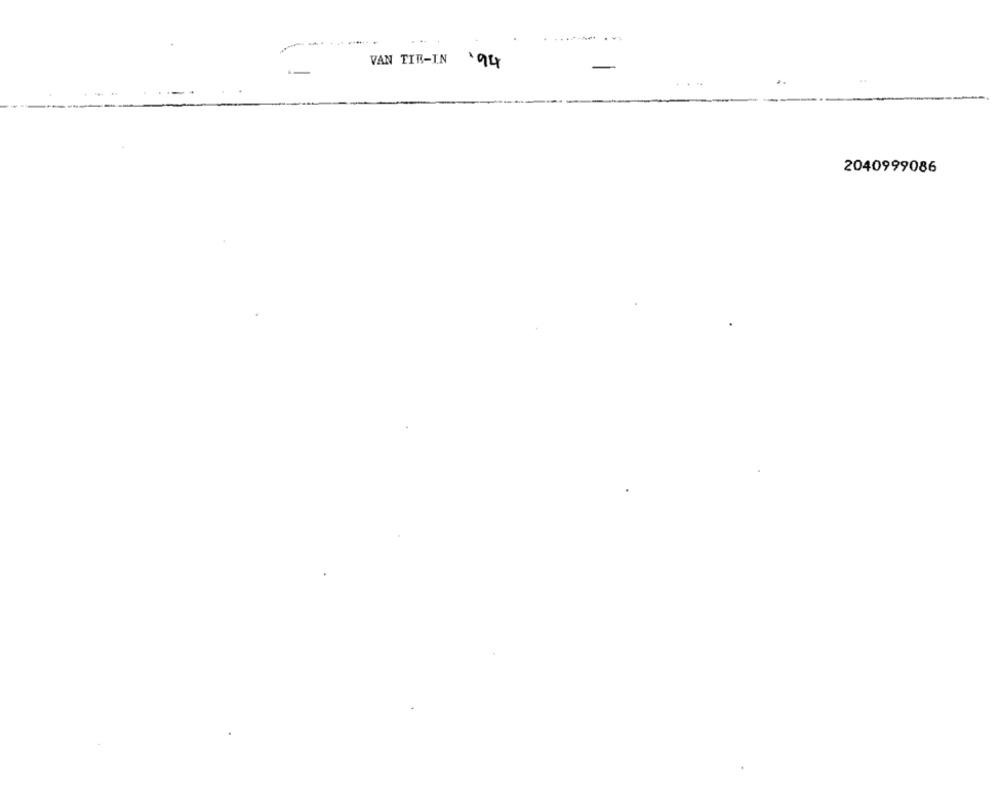
....
VAN TIR-IN '94
2040999086